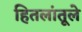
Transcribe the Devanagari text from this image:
हितलांतूले